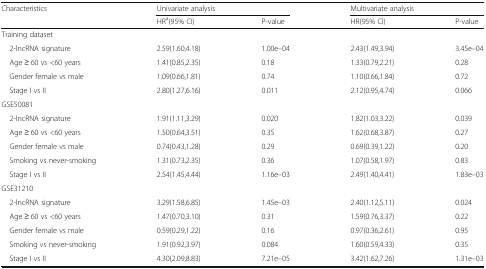
| <ROWSPAN=2> Characteristics | <COLSPAN=2> Univariate analysis | <COLSPAN=2> Multivariate analysis |
 | HRa(95% CI) | P-value | HR(95% CI) | P-value |
 | --- | --- | --- | --- | --- |
 | <COLSPAN=5> Training dataset |
 | 2-lncRNA signature | 2.59(1.60,4.18) | 1.00e–04 | 2.43(1.49,3.94) | 3.45e–04 |
 | Age ≥ 60 vs <60 years | 1.41(0.85,2.35) | 0.18 | 1.33(0.79,2.21) | 0.28 |
 | Gender female vs male | 1.09(0.66,1.81) | 0.74 | 1.10(0.66,1.84) | 0.72 |
 | Stage I vs II | 2.80(1.27,6.16) | 0.011 | 2.12(0.95,4.74) | 0.066 |
 | <COLSPAN=5> GSE50081 |
 | 2-lncRNA signature | 1.91(1.11,3.29) | 0.020 | 1.82(1.03,3.22) | 0.039 |
 | Age ≥ 60 vs <60 years | 1.50(0.64,3.51) | 0.35 | 1.62(0.68,3.87) | 0.27 |
 | Gender female vs male | 0.74(0.43,1.28) | 0.29 | 0.69(0.39,1.22) | 0.20 |
 | Smoking vs never-smoking | 1.31(0.73,2.35) | 0.36 | 1.07(0.58,1.97) | 0.83 |
 | Stage I vs II | 2.54(1.45,4.44) | 1.16e–03 | 2.49(1.40,4.41) | 1.83e–03 |
 | <COLSPAN=5> GSE31210 |
 | 2-lncRNA signature | 3.29(1.58,6.85) | 1.45e–03 | 2.40(1.12,5.11) | 0.024 |
 | Age ≥ 60 vs <60 years | 1.47(0.70,3.10) | 0.31 | 1.59(0.76,3.37) | 0.22 |
 | Gender female vs male | 0.59(0.29,1.22) | 0.16 | 0.97(0.36,2.61) | 0.95 |
 | Smoking vs never-smoking | 1.91(0.92,3.97) | 0.084 | 1.60(0.59,4.33) | 0.35 |
 | Stage I vs II | 4.30(2.09,8.83) | 7.21e–05 | 3.42(1.62,7.26) | 1.31e–03 |